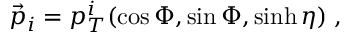
\vec { p } _ { i } = p _ { T } ^ { i } ( \cos \Phi , \sin \Phi , \sinh \eta ) \; ,